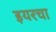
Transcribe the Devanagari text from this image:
इयरचा